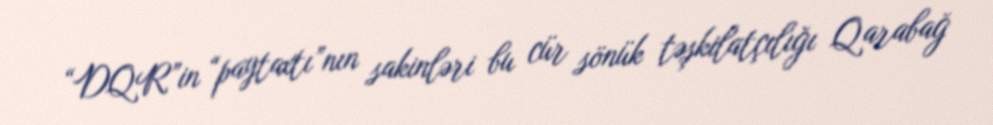
“DQR”in “paytaxtı”nın sakinləri bu cür sönük təşkilatçılığı Qarabağ